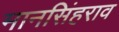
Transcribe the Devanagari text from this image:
मानसिंहराव